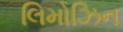
લિમોઝિન